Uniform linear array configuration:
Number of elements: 48
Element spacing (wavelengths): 0.25
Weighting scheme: exponential
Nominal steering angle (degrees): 60
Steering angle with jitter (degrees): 58.561
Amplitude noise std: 0.05
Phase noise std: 0.05

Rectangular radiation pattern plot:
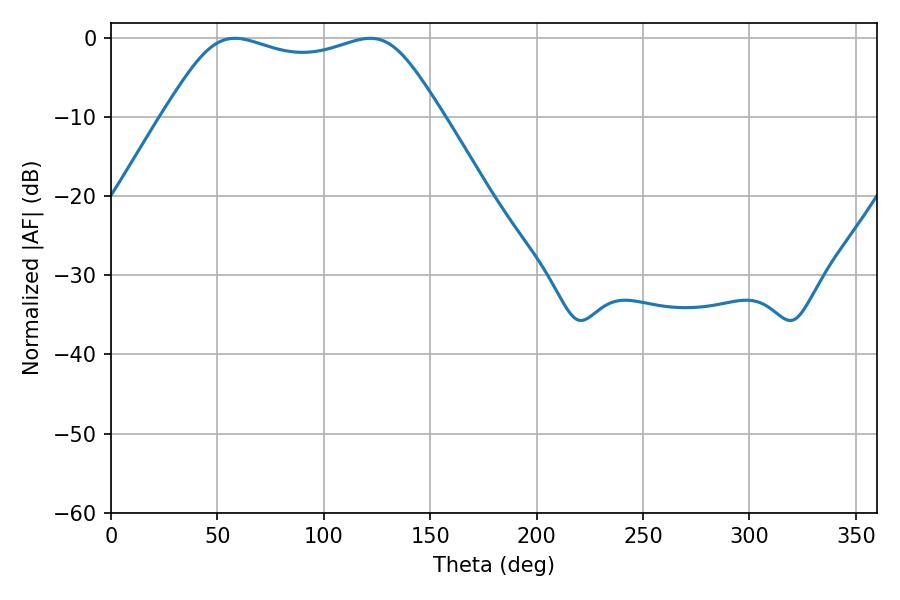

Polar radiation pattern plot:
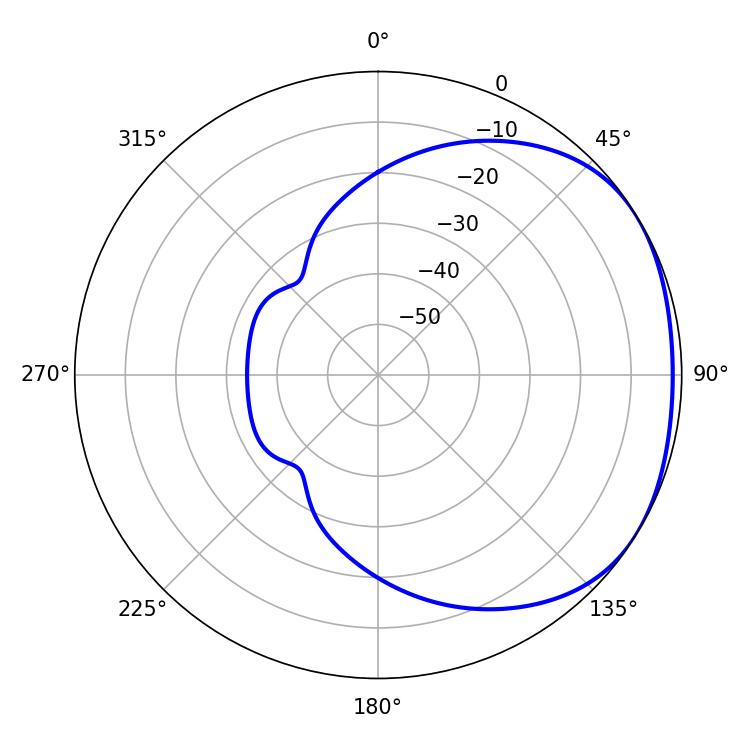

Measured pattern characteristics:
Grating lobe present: FALSE
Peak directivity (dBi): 1.757
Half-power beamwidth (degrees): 99.72
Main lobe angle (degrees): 58.14